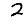
Digit: 2